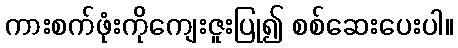
ကားစက်ဖုံးကိုကျေးဇူးပြု၍ စစ်ဆေးပေးပါ။